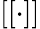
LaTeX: [[\cdot]]